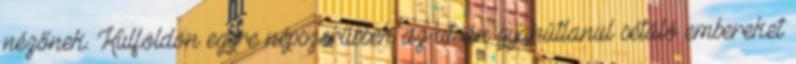
nézőnek. Külföldön egyre népszerűbbek az utcán gyanútlanul sétáló embereket